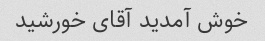
خوش آمدید آقای خورشید